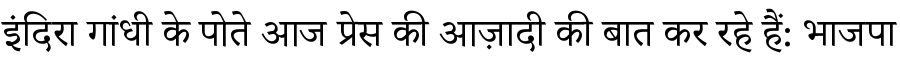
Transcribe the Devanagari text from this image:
इंदिरा गांधी के पोते आज प्रेस की आज़ादी की बात कर रहे हैं: भाजपा